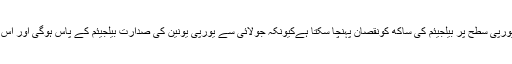
بیلجیئم کے بادشاہ کا موقف ہے کہ سیاسی بحران یورپی سطح پر بیلجیئم کی ساکھ کونقصان پہنچا سکتا ہےکیونکہ جولائی سے یورپی یونین کی صدارت بیلجیئم کے پاس ہوگی اور اس دوران حکومت کو بہت اہم فیصلے کرنا ہوں گے۔